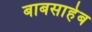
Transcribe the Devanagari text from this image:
बाबसाहेब